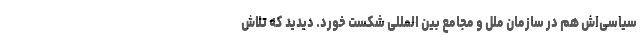
سیاسی‌اش هم در سازمان ملل و مجامع بین المللی شکست خورد. دیدید که تلاش